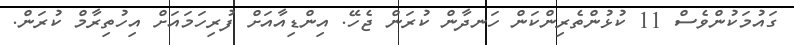
ގައުމަކުންވެސް 11 ކުޅުންތެރިންކަން ހަނދާން ކުރަން ޖެހޭ. އިންޑިއާއަށް ފުރިހަމައަށް އިހުތިރާމް ކުރަން.